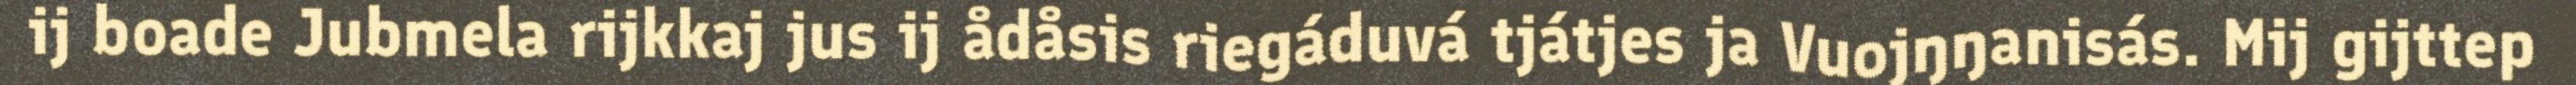
ij boade Jubmela rijkkaj jus ij ådåsis riegáduvá tjátjes ja Vuojŋŋanisás. Mij gijttep